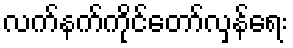
လက်နက်ကိုင်တော်လှန်ရေး